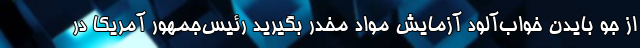
از جو بایدن خواب‌آلود آزمایش مواد مخدر بگیرید رئیس‌جمهور آمریکا در